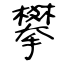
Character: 攀